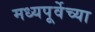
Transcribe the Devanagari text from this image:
मध्यपूर्वेच्या